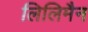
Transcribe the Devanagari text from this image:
लिलिमैन